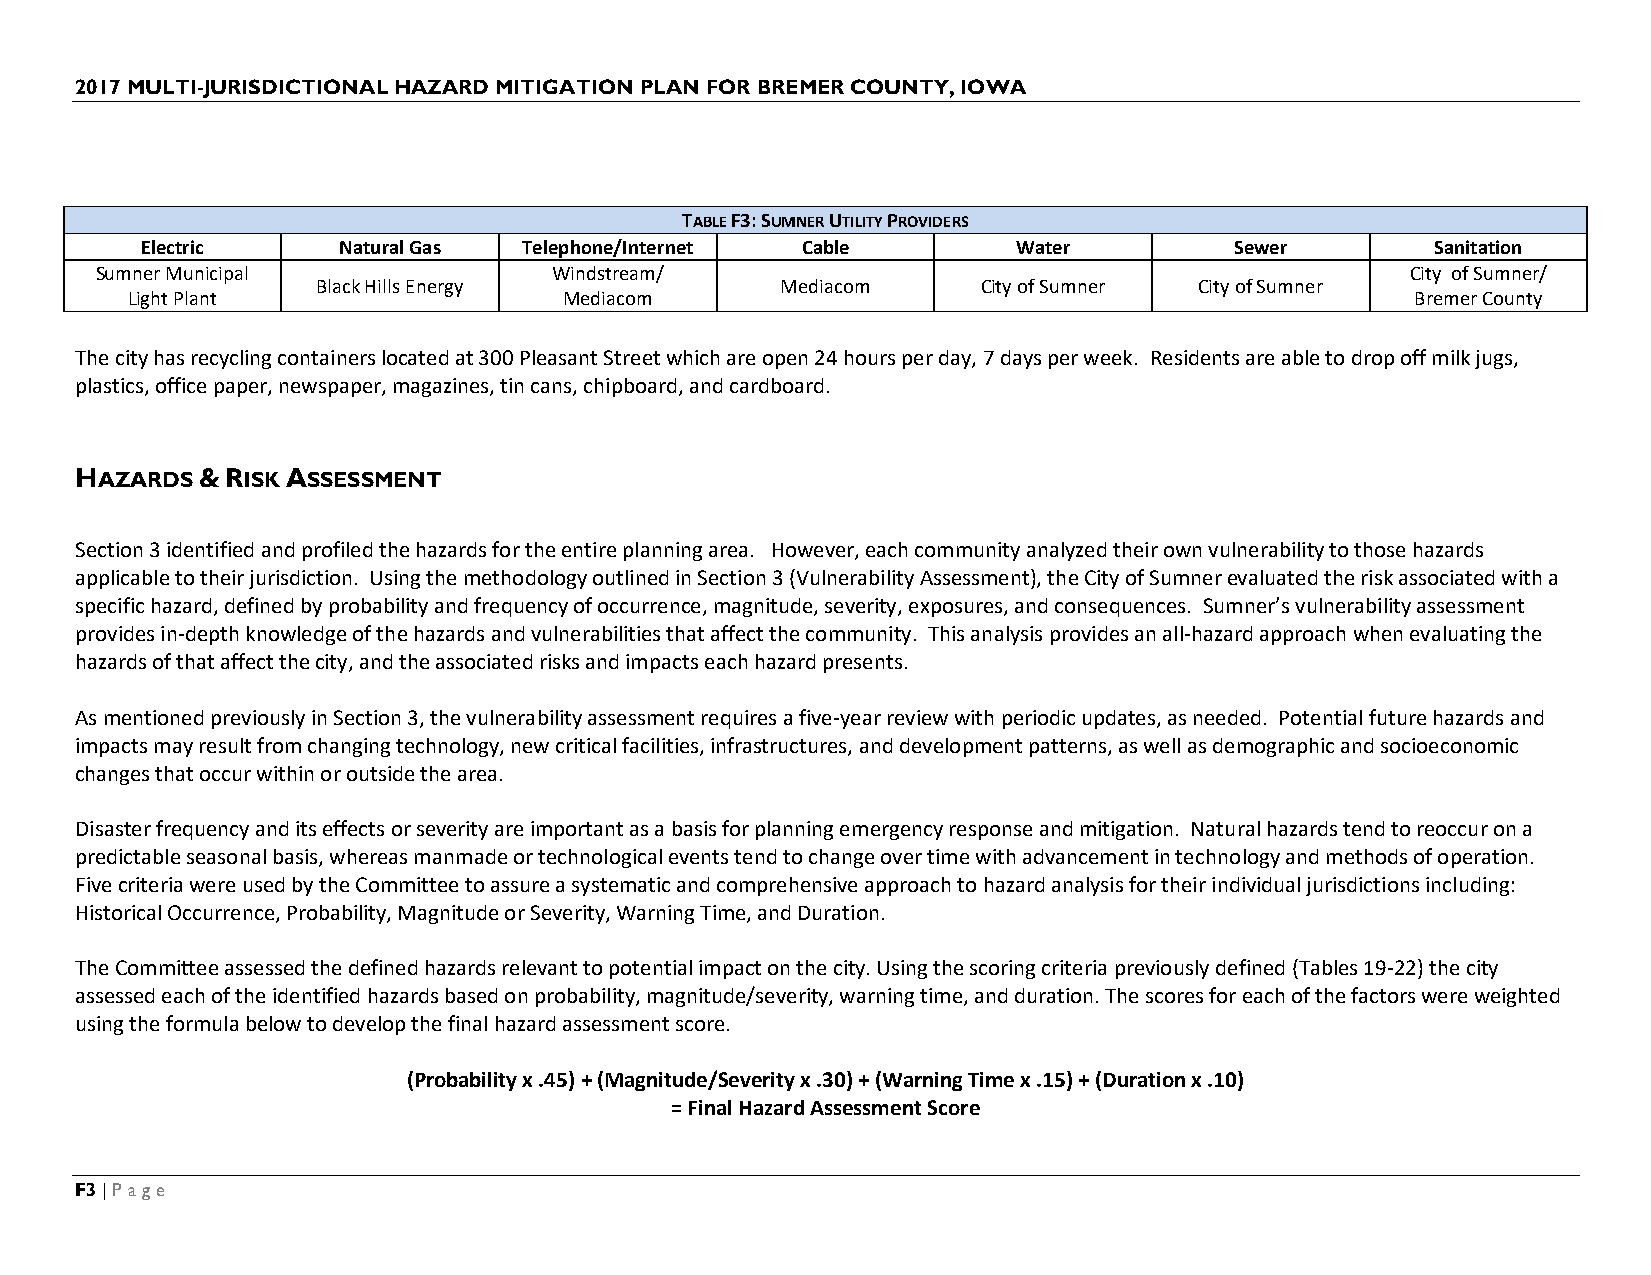
2017 MULTI-JURISDICTIONAL HAZARD MITIGATION PLAN FOR BREMER COUNTY, IOWA
 TABLE F3: SUMNER UTILITY PROVIDERS
 Electric     Natural Gas  Telephone/Internet Cable        Water          Sewer        Sanitation
 Sumner Municipal               Windstream/                                             City of Sumner/
 Black Hills Energy             Mediacom     City of Sumner City of Sumner
 Light Plant                  Mediacom                                                 Bremer County
 The city has recycling containers located at 300 Pleasant Street which are open 24 hours per day, 7 days per week. Residents are able to drop off milk jugs,
 plastics, office paper, newspaper, magazines, tin cans, chipboard, and cardboard.
 HAZARDS & RISK ASSESSMENT
 Section 3 identified and profiled the hazards for the entire planning area. However, each community analyzed their own vulnerability to those hazards
 applicable to their jurisdiction. Using the methodology outlined in Section 3 (Vulnerability Assessment), the City of Sumner evaluated the risk associated with a
 specific hazard, defined by probability and frequency of occurrence, magnitude, severity, exposures, and consequences. Sumner’s vulnerability assessment
 provides in-depth knowledge of the hazards and vulnerabilities that affect the community. This analysis provides an all-hazard approach when evaluating the
 hazards of that affect the city, and the associated risks and impacts each hazard presents.
 As mentioned previously in Section 3, the vulnerability assessment requires a five-year review with periodic updates, as needed. Potential future hazards and
 impacts may result from changing technology, new critical facilities, infrastructures, and development patterns, as well as demographic and socioeconomic
 changes that occur within or outside the area.
 Disaster frequency and its effects or severity are important as a basis for planning emergency response and mitigation. Natural hazards tend to reoccur on a
 predictable seasonal basis, whereas manmade or technological events tend to change over time with advancement in technology and methods of operation.
 Five criteria were used by the Committee to assure a systematic and comprehensive approach to hazard analysis for their individual jurisdictions including:
 Historical Occurrence, Probability, Magnitude or Severity, Warning Time, and Duration.
 The Committee assessed the defined hazards relevant to potential impact on the city. Using the scoring criteria previously defined (Tables 19-22) the city
 assessed each of the identified hazards based on probability, magnitude/severity, warning time, and duration. The scores for each of the factors were weighted
 using the formula below to develop the final hazard assessment score.
 (Probability x .45) + (Magnitude/Severity x .30) + (Warning Time x .15) + (Duration x .10)
 = Final Hazard Assessment Score
 F3 | Page